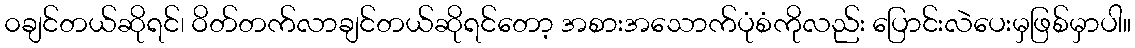
၀ချင်တယ်ဆိုရင်၊ ဝိတ်တက်လာချင်တယ်ဆိုရင်တော့ အစားအသောက်ပုံစံကိုလည်း ပြောင်းလဲပေးမှဖြစ်မှာပါ။